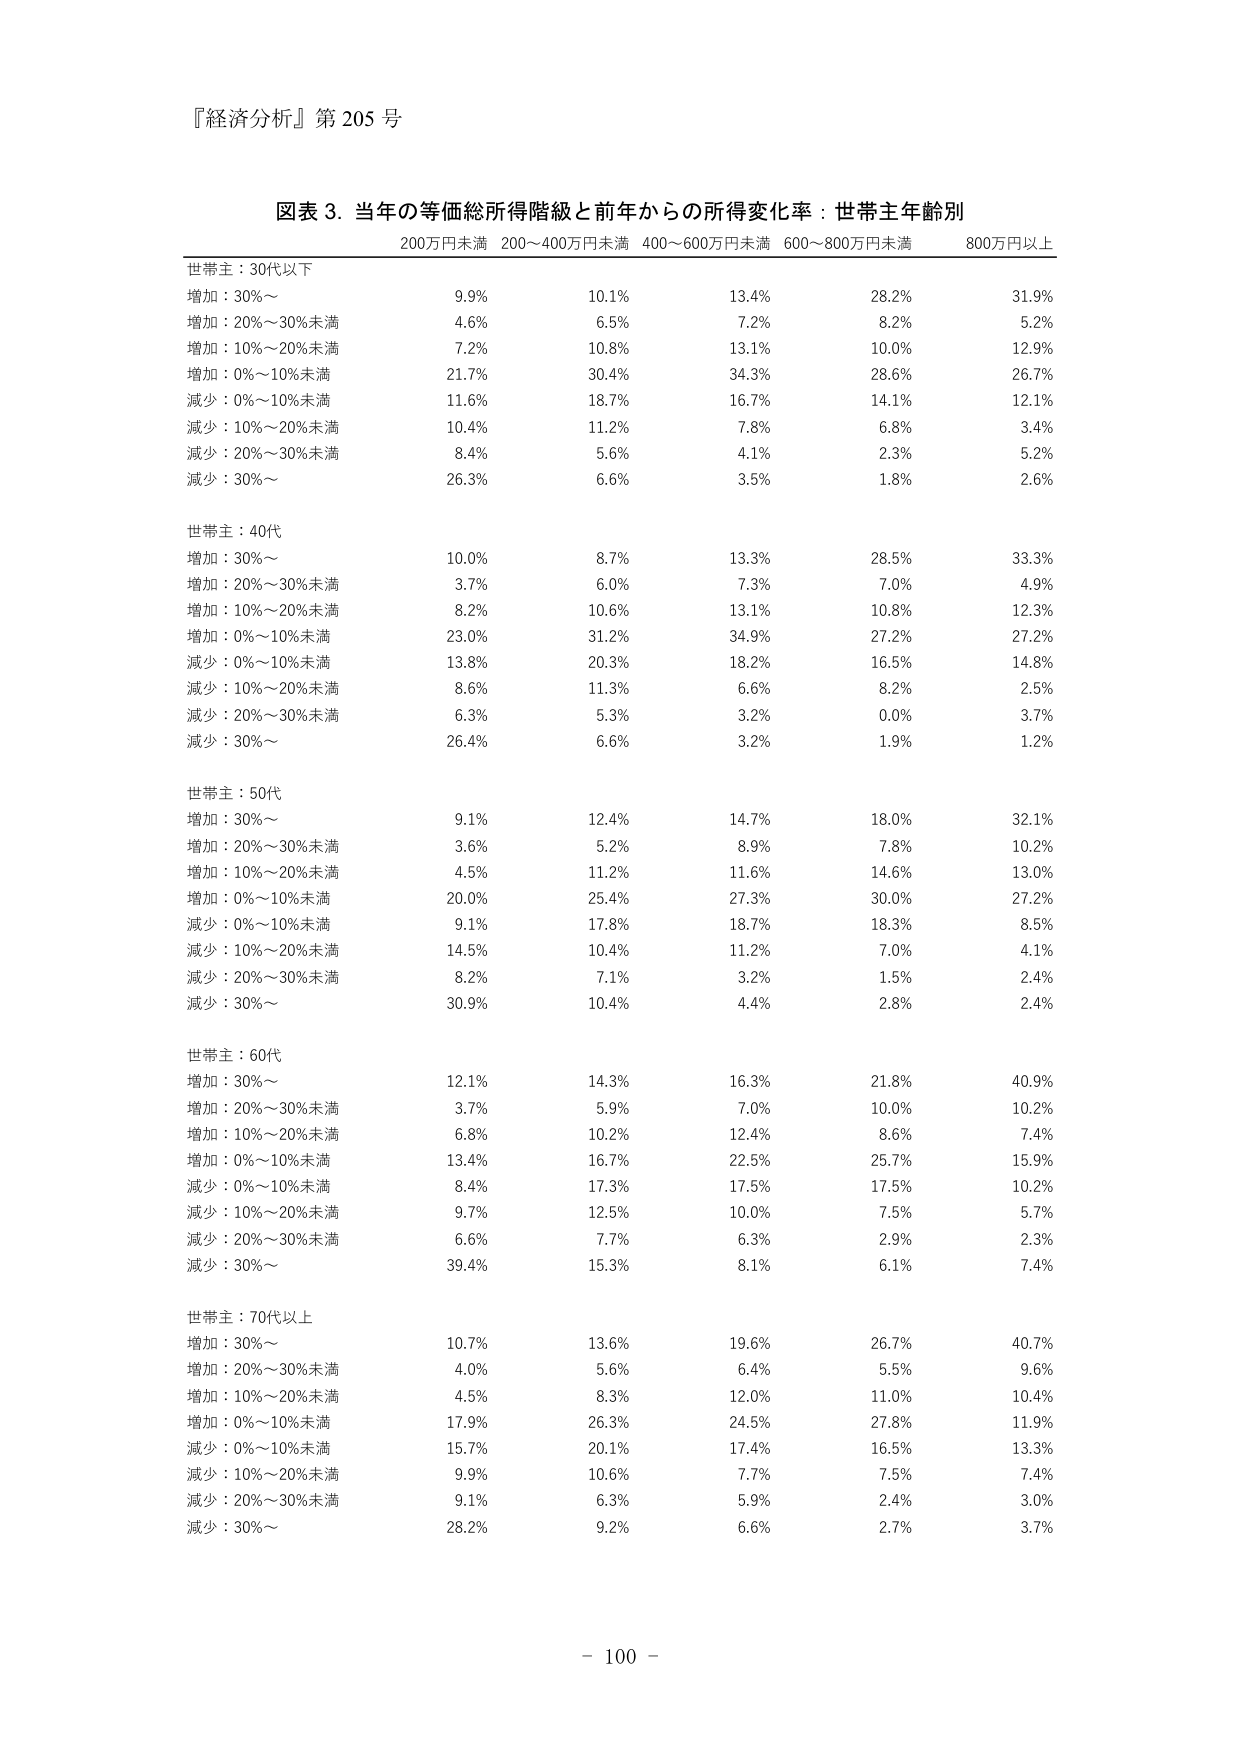
『経済分析』第205号

図表3．当年の等価総所得階級と前年からの所得変化率：世帯主年齢別
200万円未満 200～400万円未満 400～600万円未満 600～800万円未満 800万円以上

世帯主：30代以下
増加：30%～ 9.9% 10.1% 13.4% 28.2% 31.9%
増加：20%～30%未満 4.6% 6.5% 7.2% 8.2% 5.2%
増加：10%～20%未満 7.2% 10.8% 13.1% 10.0% 12.9%
増加：0%～10%未満 21.7% 30.4% 34.3% 28.6% 26.7%
減少：0%～10%未満 11.6% 18.7% 16.7% 14.1% 12.1%
減少：10%～20%未満 10.4% 11.2% 7.8% 6.8% 3.4%
減少：20%～30%未満 8.4% 5.6% 4.1% 2.3% 5.2%
減少：30%～ 26.3% 6.6% 3.5% 1.8% 2.6%

世帯主：40代
増加：30%～ 10.0% 8.7% 13.3% 28.5% 33.3%
増加：20%～30%未満 3.7% 6.0% 7.3% 7.0% 4.9%
増加：10%～20%未満 8.2% 10.6% 13.1% 10.8% 12.3%
増加：0%～10%未満 23.0% 31.2% 34.9% 27.2% 27.2%
減少：0%～10%未満 13.8% 20.3% 18.2% 16.5% 14.8%
減少：10%～20%未満 8.6% 11.3% 6.6% 8.2% 2.5%
減少：20%～30%未満 6.3% 5.3% 3.2% 0.0% 3.7%
減少：30%～ 26.4% 6.6% 3.2% 1.9% 1.2%

世帯主：50代
増加：30%～ 9.1% 12.4% 14.7% 18.0% 32.1%
増加：20%～30%未満 3.6% 5.2% 8.9% 7.8% 10.2%
増加：10%～20%未満 4.5% 11.2% 11.6% 14.6% 13.0%
増加：0%～10%未満 20.0% 25.4% 27.3% 30.0% 27.2%
減少：0%～10%未満 9.1% 17.8% 18.7% 18.3% 8.5%
減少：10%～20%未満 14.5% 10.4% 11.2% 7.0% 4.1%
減少：20%～30%未満 8.2% 7.1% 3.2% 1.5% 2.4%
減少：30%～ 30.9% 10.4% 4.4% 2.8% 2.4%

世帯主：60代
増加：30%～ 12.1% 14.3% 16.3% 21.8% 40.9%
増加：20%～30%未満 3.7% 5.9% 7.0% 10.0% 10.2%
増加：10%～20%未満 6.8% 10.2% 12.4% 8.6% 7.4%
増加：0%～10%未満 13.4% 16.7% 22.5% 25.7% 15.9%
減少：0%～10%未満 8.4% 17.3% 17.5% 17.5% 10.2%
減少：10%～20%未満 9.7% 12.5% 10.0% 7.5% 5.7%
減少：20%～30%未満 6.6% 7.7% 6.3% 2.9% 2.3%
減少：30%～ 39.4% 15.3% 8.1% 6.1% 7.4%

世帯主：70代以上
増加：30%～ 10.7% 13.6% 19.6% 26.7% 40.7%
増加：20%～30%未満 4.0% 5.6% 6.4% 5.5% 9.6%
増加：10%～20%未満 4.5% 8.3% 12.0% 11.0% 10.4%
増加：0%～10%未満 17.9% 26.3% 24.5% 27.8% 11.9%
減少：0%～10%未満 15.7% 20.1% 17.4% 16.5% 13.3%
減少：10%～20%未満 9.9% 10.6% 7.7% 7.5% 7.4%
減少：20%～30%未満 9.1% 6.3% 5.9% 2.4% 3.0%
減少：30%～ 28.2% 9.2% 6.6% 2.7% 3.7%

- 100 -